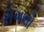
રોગનો